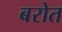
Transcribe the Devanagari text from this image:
बरोत